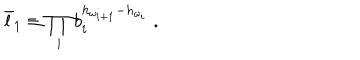
LaTeX: \bar { l } _ { 1 } \equiv \prod _ { i } b _ { i } ^ { h _ { \omega _ { i + 1 } } - h _ { \omega _ { i } } } \; .